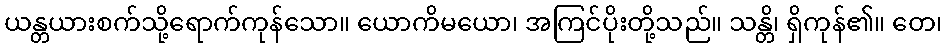
ယန္တယားစက်သို့ရောက်ကုန်သော။ ယောကိမယော၊ အကြင်ပိုးတို့သည်။ သန္တိ၊ ရှိကုန်၏။ တေ၊